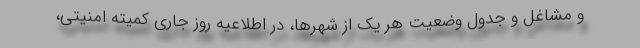
و مشاغل و جدول وضعیت هر یک از شهرها، در اطلاعیه روز جاری کمیته امنیتی،